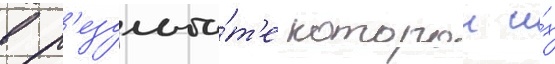
в р'езульта́т'е которои и́х